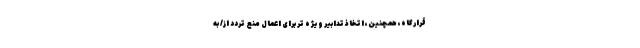
قرارگاه، همچنین، اتخاذ تدابیر ویژه تر برای اعمال منع تردد از/ به